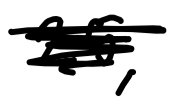
Text: 25,
Cross-out: scratch
Writing tool: digital_black